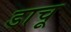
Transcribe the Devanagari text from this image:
डाचू